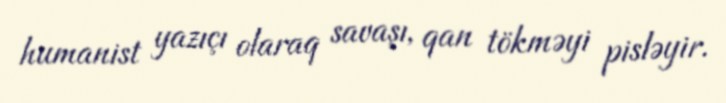
humanist yazıçı olaraq savaşı, qan tökməyi pisləyir.